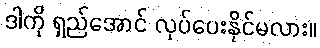
ဒါကို ရှည်အောင် လုပ်ပေးနိုင်မလား။